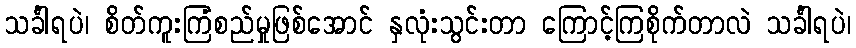
သင်္ခါရပဲ၊ စိတ်ကူးကြံစည်မှုဖြစ်အောင် နှလုံးသွင်းတာ ကြောင့်ကြစိုက်တာလဲ သင်္ခါရပဲ၊